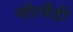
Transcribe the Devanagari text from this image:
नौरमैंडी